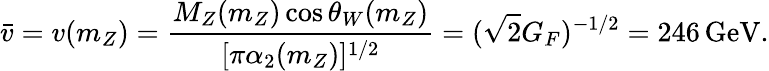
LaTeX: {\bar{v}}=v(m_{Z})={\frac{M_{Z}(m_{Z})\cos\theta_{W}(m_{Z})}{[\pi\alpha_{2}(m_{Z})]^{1/2}}}=(\sqrt{2}G_{F})^{-1/2}=246\, \mathrm{GeV}.